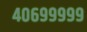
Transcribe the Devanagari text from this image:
४०६९९९९९